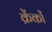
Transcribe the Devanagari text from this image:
क्रेंकों